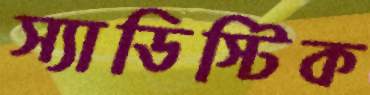
স্যাডিস্টিক